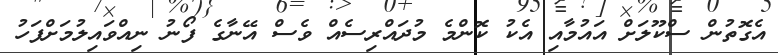
އެގޮތުން ސްކޫލަށް އައުމާއި އެކު ކޮންމެ މުދައްރިސެއް ވެސް އޭނާގެ ފޯނު ނިއްވައިލުމަށްފަހު